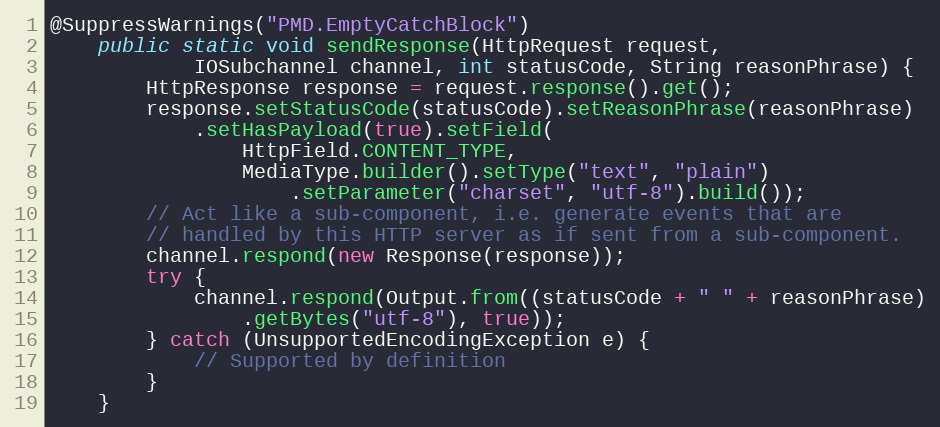
Language: Java
@SuppressWarnings("PMD.EmptyCatchBlock")
    public static void sendResponse(HttpRequest request,
            IOSubchannel channel, int statusCode, String reasonPhrase) {
        HttpResponse response = request.response().get();
        response.setStatusCode(statusCode).setReasonPhrase(reasonPhrase)
            .setHasPayload(true).setField(
                HttpField.CONTENT_TYPE,
                MediaType.builder().setType("text", "plain")
                    .setParameter("charset", "utf-8").build());
        // Act like a sub-component, i.e. generate events that are
        // handled by this HTTP server as if sent from a sub-component.
        channel.respond(new Response(response));
        try {
            channel.respond(Output.from((statusCode + " " + reasonPhrase)
                .getBytes("utf-8"), true));
        } catch (UnsupportedEncodingException e) {
            // Supported by definition
        }
    }